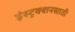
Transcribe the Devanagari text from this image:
इंस्ट्रक्शनसाठी